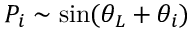
P _ { i } \sim \sin ( \theta _ { L } + \theta _ { i } )